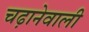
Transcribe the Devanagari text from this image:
चढ़ानेवाली